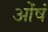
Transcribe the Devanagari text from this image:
ओंषं